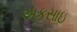
અકસાઇ